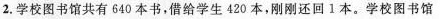
2.学校图书馆共有640本书，借给学生420本，刚刚还回1本。学校图书馆